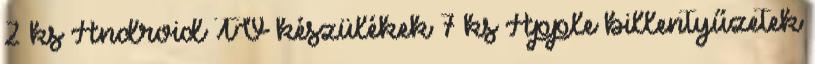
2 ks Android TV készülékek 7 ks Apple billentyűzetek